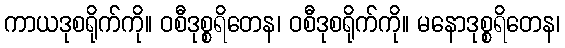
ကာယဒုစရိုက်ကို။ ဝစီဒုစ္စရိတေန၊ ဝစီဒုစရိုက်ကို။ မနောဒုစ္စရိတေန၊